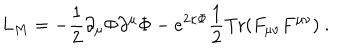
L _ { M } = - \frac { 1 } { 2 } \partial _ { \mu } \Phi \partial ^ { \mu } \Phi - e ^ { 2 \kappa \Phi } \frac { 1 } { 2 } \mathrm { T r } ( F _ { \mu \nu } F ^ { \mu \nu } ) \ .